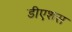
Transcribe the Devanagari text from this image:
डीएशस